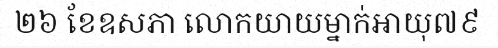
២៦ ខែឧសភា លោកយាយម្នាក់អាយុ៧៩